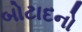
બોટાદનો